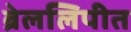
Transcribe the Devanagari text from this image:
ब्रेललिपीत